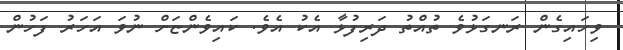
ވިހައިގެން ރަނގަޅުވެ ތުއްތު ދަރިފުޅާ އެކު އެވެ. ކައިވެންޏަށް ނުވަ އަހަރު ފަހުން